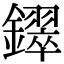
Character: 𫓚